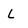
Character: L